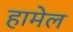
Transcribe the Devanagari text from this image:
हामेल